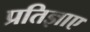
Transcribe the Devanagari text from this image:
प्रतिज्ञाए